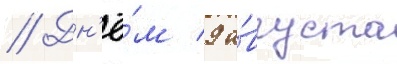
// Дн'ё́м 9 а́вгуста